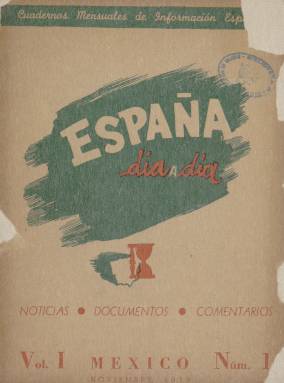
Título: España día a día
Colección: Revistas de información general || Política
Ámbito geográfico: México
Lugar de publicación: México, D.F.
Fechas: 01/11/1939-30/04/1940

Con este título un tanto equivoco, porque se publicaba en México, se editó una revista mensual tras la Guerra Civil española en la que se recogía la información publicada por la prensa del régimen franquista en España, así como comentarios de actualidad desde el punto de vista del exilio republicano. México acogió al Gobierno de la República de 1939 a 1946, cuando tras el final de la II Guerra Mundial se trasladó a París.

   La revista fue editada por el periodista y escritor asturiano socialista Ovidio Gondi, seudónimo de Ovidio González Díaz, quien había participado en la Guerra Civil como teniente de Intendencia en la 11 Brigada del Ejército del Norte y como comisario de aviación en Barcelona.

   La publicación comenzó a editarse en noviembre de 1939 con el subtítulo de Cuadernos mensuales de información española. La Biblioteca Nacional de España posee hasta el número correspondiente a abril de 1940, aunque se desconoce si se editaron más.

   Como ya se había iniciado la II Guerra Mundial cuando comenzó la publicación, en toda ella se percibe el deseo de que la inestabilidad internacional y la escasez de recursos propicien la caída del régimen español. En el número 2, por ejemplo, se puede leer lo siguiente bajo el epígrafe ‘El problema interior o toda España contra Franco: El proceso de descomposición en los cuadros franquistas alcanza proporciones tan considerables que, forzosamente, nos obliga a pensar que no pasarán muchos meses sin que en España ocurra algo’.

  La revista está estructurada de tal forma que pueden leerse las noticias procedentes de la prensa de España y los comentarios del editor, Ovidio Gondi, en dos tipografías diferentes. Las opiniones del editor van siempre en letra cursiva.

    La paginación de la publicación osciló entre las 68 y 76 páginas. El número mayor de páginas no obedece a mayor información sino al incremento de las páginas de publicidad que la revista conseguía en México.

   Como Gondi había participado en la Guerra Civil y había sido periodista en los años previos, aunque escribía en México, conocía bien a los personajes de la actualidad española y la situación en que había quedado el país, por lo que sus comentarios tienen gran valor histórico.

   Ovidio Gondi murió en México en 1992. Para conocer mejor a este periodista editor de la revista España día a día se puede consultar la página web de la Fundación Pablo Iglesias, fundador del PSOE.

[Descripción publicada el 16/8/2022]